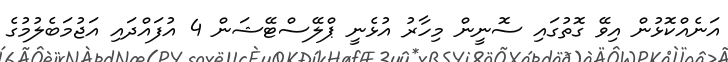
އަނެއްކޮޅުން އިވޭ ގޮތުގައި ސޮނީން މިހާރު އުޅެނީ ޕްލޭސްޓޭޝަން 4 އުފައްދައި އަޖުމަބެލުމުގެ